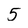
Character: 5